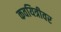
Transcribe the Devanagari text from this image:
कवयित्रीवर